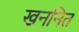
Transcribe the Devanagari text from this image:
खननित